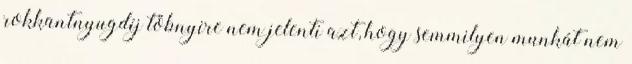
rokkantnyugdíj töbnyire nem jelenti azt, hogy semmilyen munkát nem